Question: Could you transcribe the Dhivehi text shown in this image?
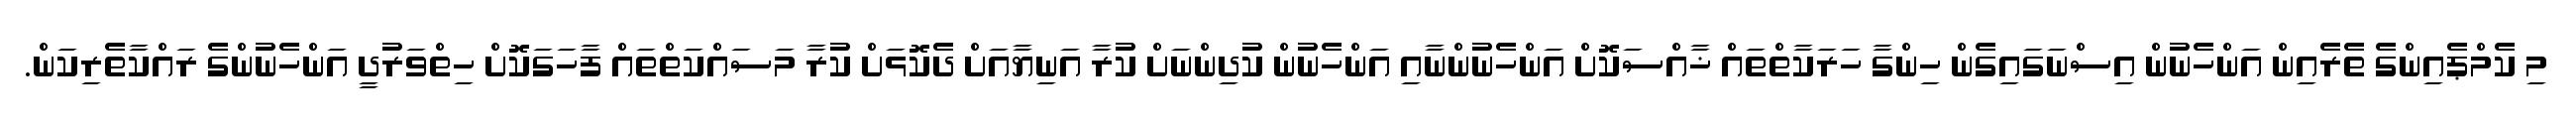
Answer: މި ކެމްޕެއިންގެ ތެރެއިން އަންހެނުން އިސްނަގައިގެން ހިންގާ ހަރަކާތްތައް ޚާއްސަކޮށް އަންހެނުންނާއި އަންހެނުން ކުދިންނަށް ކުރާ އަނިޔާއަށް ދެކޮޅަށް ކުރާ މަސައްކަތްތައް ފާހަގަކޮށް ހިތްވަރުދީ އަންހެނުންގެ ރައްކާތެރިކަން.